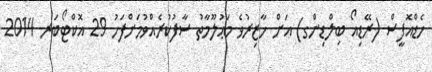
ހެޑްއޮފީސް (ރޭޑިއޯ ބިލްޑިންގ) އަށް ހާޒިރުވެ މަޢުލޫމާތު ސާފުކުރެއްވުމަށްފަހު 29 އޮކްޓޯބަރ 2014